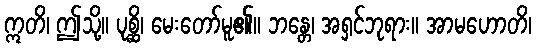
ဣတိ၊ ဤသို့။ ပုစ္ဆိ၊ မေးတော်မူ၏။ ဘန္တေ၊ အရှင်ဘုရား။ အာမဟောတိ၊